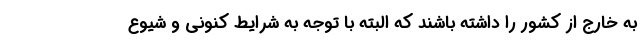
به خارج از کشور را داشته باشند که البته با توجه به شرایط کنونی و شیوع